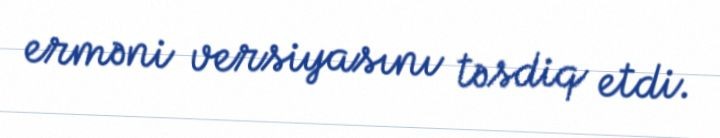
erməni versiyasını təsdiq etdi.